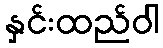
နှင်းထည်ဝါ